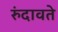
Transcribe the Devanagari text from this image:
रुंदावते